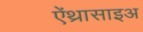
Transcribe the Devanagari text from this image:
ऐंथ्रासाइअ